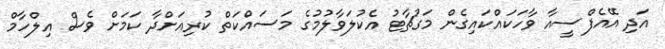
އަދި އޭއެފްސީއާ ވާހަކައްކައިގެން މަގުޗާޓު އެކުލަވާލުމުގެ މަސައްކަތް ކުރިއަށްދާ ކަމަށް ވެސް އިލްހާމް